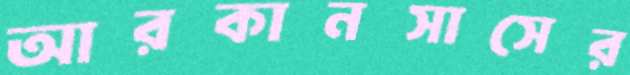
আরকানসাসের